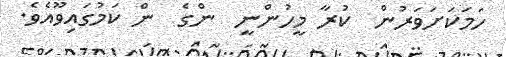
ހަމަކަށަވަރުން  ކުރާ މީހުންނީ  ންގެ  ން ކަމުގައިވޫއެވެ.